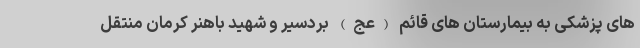
های پزشکی به بیمارستان های قائم (عج) بردسیر و شهید باهنر کرمان منتقل